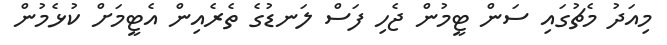
މިއަދު މެޗުގައި ސަން ޓީމުން ޖެހި ފަސް ލަނޑުގެ ތެރެއިން އެޓީމަށް ކުޅެމުން